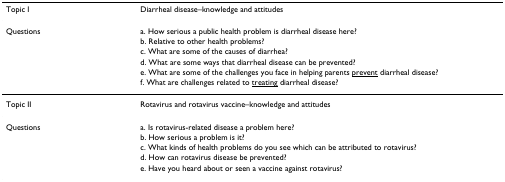
| Topic I | Diarrheal disease–knowledge and attitudes |
 | --- | --- |
 | Questions | a. How serious a public health problem is diarrheal disease here? |
 |  | b. Relative to other health problems? |
 |  | c. What are some of the causes of diarrhea? |
 |  | d. What are some ways that diarrheal disease can be prevented? |
 |  | e. What are some of the challenges you face in helping parents <underline>prevent</underline> diarrheal disease? |
 |  | f. What are challenges related to <underline>treating</underline> diarrheal disease? |
 | Topic II | Rotavirus and rotavirus vaccine–knowledge and attitudes |
 | Questions | a. Is rotavirus-related disease a problem here? |
 |  | b. How serious a problem is it? |
 |  | c. What kinds of health problems do you see which can be attributed to rotavirus? |
 |  | d. How can rotavirus disease be prevented? |
 |  | e. Have you heard about or seen a vaccine against rotavirus? |